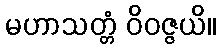
မဟာသတ္တံ ဝိဝဇ္ဇယိ။